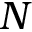
\boldsymbol { N }